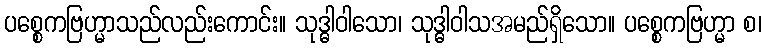
ပစ္စေကဗြဟ္မာသည်လည်းကောင်း။ သုဒ္ဓါဝါသော၊ သုဒ္ဓါဝါသအမည်ရှိသော။ ပစ္စေကဗြဟ္မာ စ၊